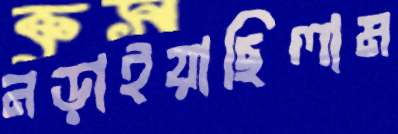
নড়াইয়াছিলাম